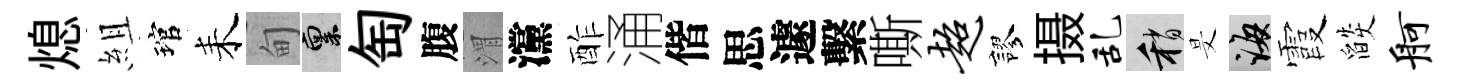
熄組琯耒甸禀匋腹渭灙酢涌偕思遽繫嘶超謬摄乱稍旻誨霞燄舸